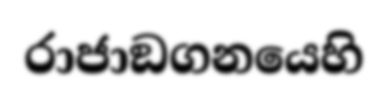
රාජාඞගනයෙහි